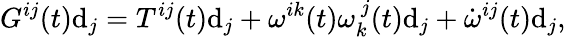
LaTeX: G^{ij}(t)\mathrm{d}_{j}=T^{ij}(t)\mathrm{d}_{j}+\omega^{ik}(t)\omega_{k}^{\ j}(t)\mathrm{d}_{j}+\dot{{\omega}}^{ij}(t)\mathrm{d}_{j},